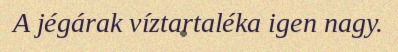
A jégárak víztartaléka igen nagy.